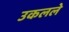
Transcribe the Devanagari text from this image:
उकलले